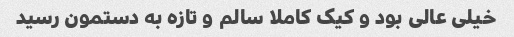
خیلی عالی بود و کیک کاملا سالم و تازه به دستمون رسید